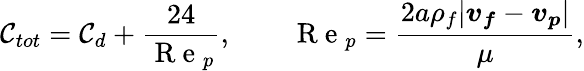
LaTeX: \mathcal{C}_{tot}=\mathcal{C}_{d}+\frac{{24}}{{\mathrm{{~R~e~}}_{p}}},\qquad\mathrm{{~R~e~}}_{p}=\frac{{2a\rho_{f}|\boldsymbol{v_{f}}-\boldsymbol{v_{p}}|}}{{\mu}},